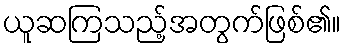
ယူဆကြသည့်အတွက်ဖြစ်၏။